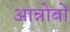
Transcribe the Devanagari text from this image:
आन्नोबों